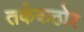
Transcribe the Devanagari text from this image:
तर्ककठोर